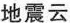
地震云